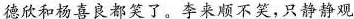
德欣和杨喜良都笑了。李来顺不笑，只静静观